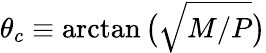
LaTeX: \theta_{c}\equiv\arctan\big(\sqrt{M/P}\big)